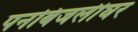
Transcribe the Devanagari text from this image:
पनबिजलीघर